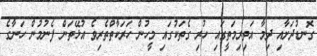
ގޮނޑުދަށާއި ދިމާ އަތިރިމަތީގައި ހުރި ގެތަކުގައި މީހުން ހަރަކާތްތެރިވެ އުޅޭތަން ފެނުމުން ހަނާގެ